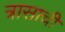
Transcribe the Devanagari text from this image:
त्रासाची